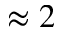
\approx 2